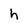
Character: h